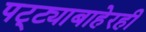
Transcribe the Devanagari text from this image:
पट्ट्याबाहेरही